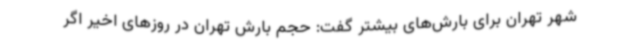
شهر تهران برای بارش‌های بیشتر گفت: حجم بارش تهران در روزهای اخیر اگر